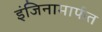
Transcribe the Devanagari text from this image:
इंजिनामार्फत